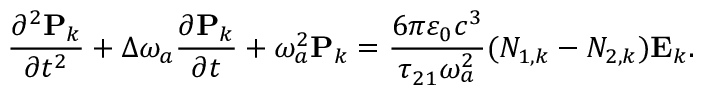
\frac { \partial ^ { 2 } \mathbf { P } _ { k } } { \partial t ^ { 2 } } + \Delta \omega _ { a } \frac { \partial \mathbf { P } _ { k } } { \partial t } + { \omega _ { a } ^ { 2 } } \mathbf { P } _ { k } = \frac { 6 \pi \varepsilon _ { 0 } c ^ { 3 } } { \tau _ { 2 1 } \omega _ { a } ^ { 2 } } ( N _ { 1 , k } - N _ { 2 , k } ) \mathbf { E } _ { k } . \mathrm { ~ }